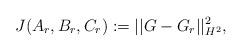
LaTeX: \begin{align*}J(A_r,B_r,C_r):=||G-G_r||_{H^2}^2,\end{align*}